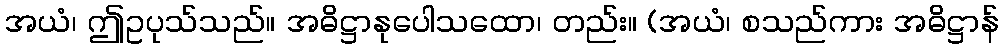
အယံ၊ ဤဥပုသ်သည်။ အဓိဋ္ဌာနုပေါသထော၊ တည်း။ (အယံ၊ စသည်ကား အဓိဋ္ဌာန်